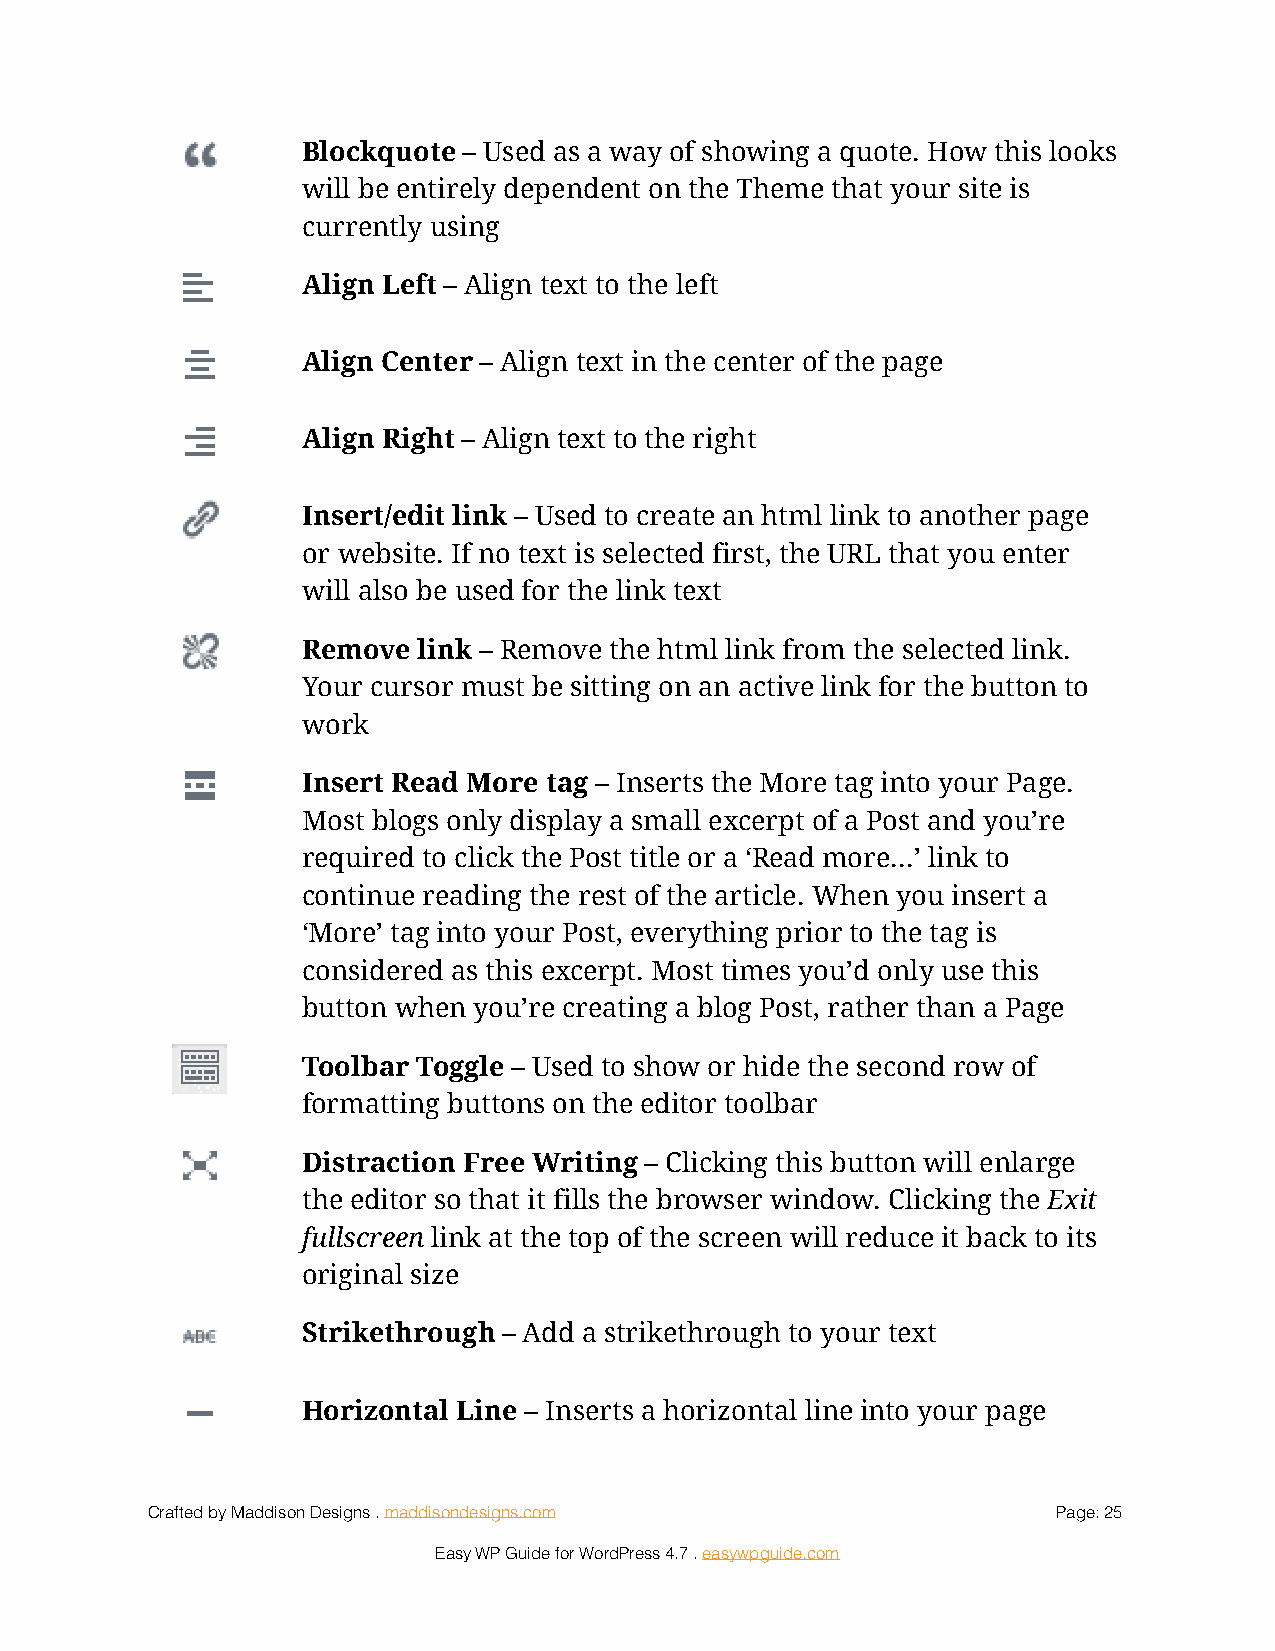
Blockquote – Used as a way of showing a quote. How this looks
 !
 will be entirely dependent on the Theme that your site is
 currently using
 Align Left – Align text to the left
 !
 Align Center – Align text in the center of the page
 !
 Align Right – Align text to the right
 !
 Insert/edit link – Used to create an html link to another page
 !
 or website. If no text is selected first, the URL that you enter
 will also be used for the link text
 Remove  link – Remove the html link from the selected link.
 !
 Your cursor must be sitting on an active link for the button to
 work
 Insert Read More tag – Inserts the More tag into your Page.
 !
 Most blogs only display a small excerpt of a Post and you’re
 required to click the Post title or a ‘Read more...’ link to
 continue reading the rest of the article. When you insert a
 ‘More’ tag into your Post, everything prior to the tag is
 considered as this excerpt. Most times you’d only use this
 button when you’re creating a blog Post, rather than a Page
 Toolbar Toggle – Used to show or hide the second row of
 !
 formatting buttons on the editor toolbar
 Distraction Free Writing – Clicking this button will enlarge
 !
 the editor so that it fills the browser window. Clicking the Exit
 fullscreen link at the top of the screen will reduce it back to its
 original size
 Strikethrough – Add a strikethrough to your text
 !
 Horizontal Line – Inserts a horizontal line into your page
 !
 Crafted by Maddison Designs . maddisondesigns.com           Page: 2 5
 Easy WP Guide for WordPress 4.7 . easywpguide.com